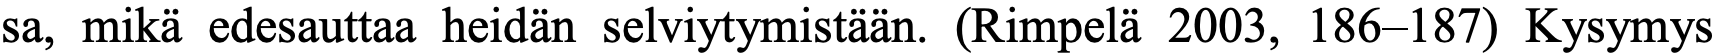
sa, mikä edesauttaa heidän selviytymistään. (Rimpelä 2003, 186–187) Kysymys